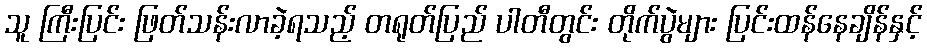
သူ ကြီးပြင်း ဖြတ်သန်းလာခဲ့ရသည့် တရုတ်ပြည် ပါတီတွင်း တိုက်ပွဲများ ပြင်းထန်နေချိန်နှင့်